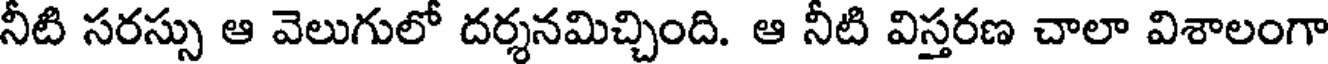
నీటి సరస్సు ఆ వెలుగులో దర్శనమిచ్చింది. ఆ నీటి విస్తరణ చాలా విశాలంగా